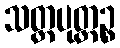
သတ္တပုတ္တဉ္စ